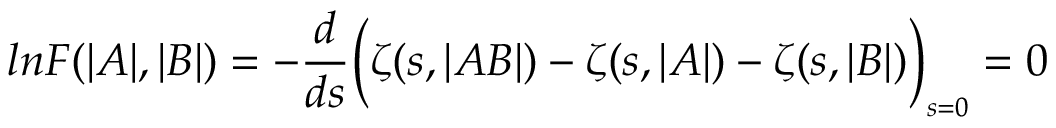
l n F ( \vert A \vert , \vert B \vert ) = - \frac { d } { d s } \Bigl ( \zeta ( s , \vert A B \vert ) - \zeta ( s , \vert A \vert ) - \zeta ( s , \vert B \vert ) \Bigr ) _ { \scriptscriptstyle s = 0 } = 0